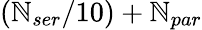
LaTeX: (\mathbb{N}_{ser}/10)+\mathbb{N}_{par}